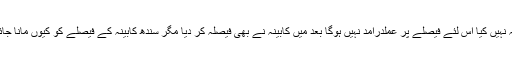
پہلے کہا گیا کہ چونکہ وزیر اعلیٰ نے فیصلہ کیا ہے کابینہ نے فیصلہ نہیں کیا اس لئے فیصلے پر عملدرآمد نہیں ہوگا بعد میں کابینہ نے بھی فیصلہ کر دیا مگر سندھ کابینہ کے فیصلے کو کیوں مانا جائے ہاں اگر کسی اور صوبے کی کابینہ کا فیصلہ ہوتا تو اور بات تھی۔